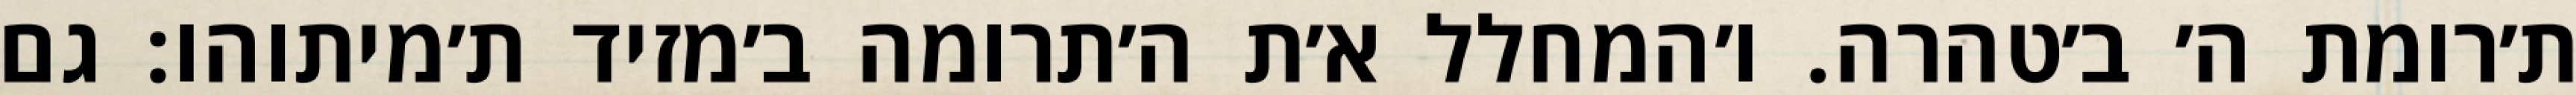
ת׳רומת ה׳ ב׳טהרה. ו׳המחלל א׳ת ה׳תרומה ב׳מזיד ת׳מיתוהו: גם